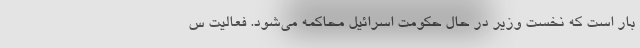
بار است که نخست وزیر در حال حکومت اسرائیل محاکمه می‌شود. فعالیت س